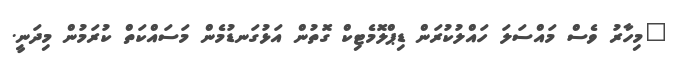
"މިހާރު ވެސް މައްސަލަ ހައްލުކުރަން ޑިޕްލޮމެޓިކް ގޮތުން އަޅުގަނޑުމެން މަސައްކަތް ކުރަމުން މިދަނީ.